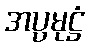
အပ္ပမုဋ္ဌံ